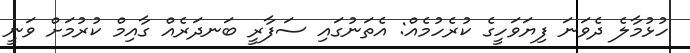
ހުޅުމާލެ ދެވަނަ ފިޔަވަހީގެ ކުރެހުމެއް: އެތަނުގައި ސަފާރީ ބަނދަރެއް ގާއިމް ކުރުމަށް ވަނީ